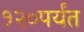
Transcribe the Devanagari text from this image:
१२०पर्यंत